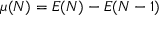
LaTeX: \mu ( N ) = E ( N ) - E ( N - 1 )